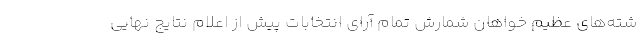
شته‌های عظیم خواهان شمارش تمام آرای انتخابات پیش از اعلام نتایج نهایی